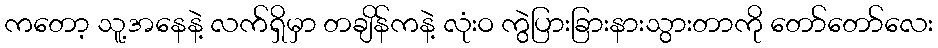
ကတော့ သူ့အနေနဲ့ လက်ရှိမှာ တချိန်ကနဲ့ လုံးဝ ကွဲပြားခြားနားသွားတာကို တော်တော်လေး